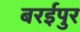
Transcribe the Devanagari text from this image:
बरईपुर